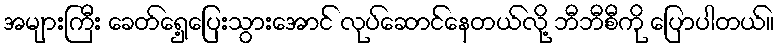
အများကြီး ခေတ်ရှေ့ပြေးသွားအောင် လုပ်ဆောင်နေတယ်လို့ ဘီဘီစီကို ပြောပါတယ်။